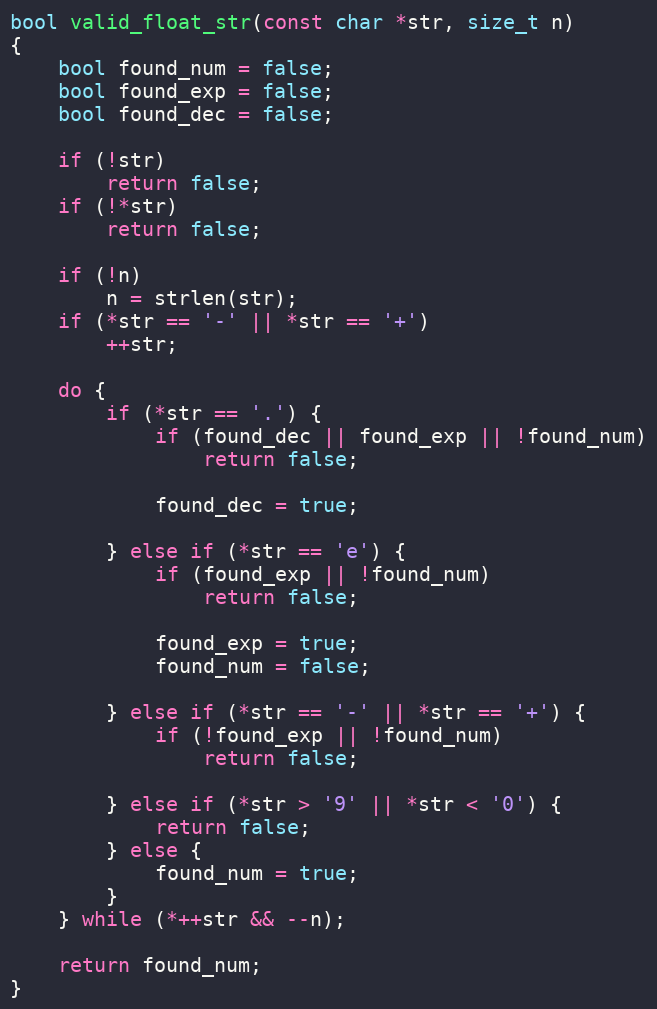
Language: C
bool valid_float_str(const char *str, size_t n)
{
	bool found_num = false;
	bool found_exp = false;
	bool found_dec = false;

	if (!str)
		return false;
	if (!*str)
		return false;

	if (!n)
		n = strlen(str);
	if (*str == '-' || *str == '+')
		++str;

	do {
		if (*str == '.') {
			if (found_dec || found_exp || !found_num)
				return false;

			found_dec = true;

		} else if (*str == 'e') {
			if (found_exp || !found_num)
				return false;

			found_exp = true;
			found_num = false;

		} else if (*str == '-' || *str == '+') {
			if (!found_exp || !found_num)
				return false;

		} else if (*str > '9' || *str < '0') {
			return false;
		} else {
			found_num = true;
		}
	} while (*++str && --n);

	return found_num;
}